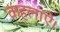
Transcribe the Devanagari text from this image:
कहलाऐ।